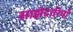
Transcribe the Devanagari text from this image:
साझेदारियाँ